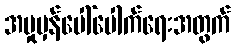
အမှုမှန်ပေါ်ပေါက်ရေးအတွက်